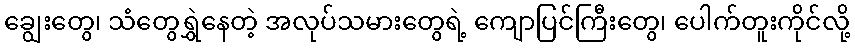
ချွေးတွေ၊ သံတွေရွှဲနေတဲ့ အလုပ်သမားတွေရဲ့ ကျောပြင်ကြီးတွေ၊ ပေါက်တူးကိုင်လို့